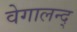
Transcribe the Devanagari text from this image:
वेगालन्द्